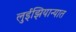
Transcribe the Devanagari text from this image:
लुईझियान्यात